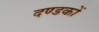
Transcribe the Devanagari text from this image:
दण्डकों